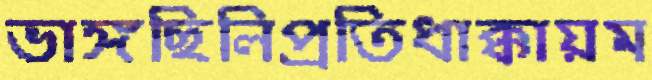
ভাঙ্গছিলিপ্রতিধাক্কায়ম